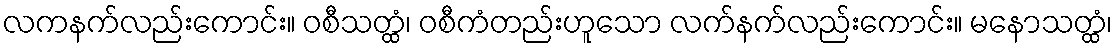
လကနက်လည်းကောင်း။ ဝစီသတ္ထံ၊ ဝစီကံတည်းဟူသော လက်နက်လည်းကောင်း။ မနောသတ္ထံ၊